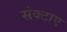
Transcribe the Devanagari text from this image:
संक्टाए